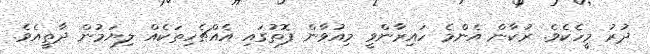
ދުރު މީހެކެވެ. ރުކާން އެންމެ ހައިރާންވީ މިއުވާން ފޮތުގައި އެއްޗެހިތަކެއް ލިޔަމުން ދާތީއެވެ.